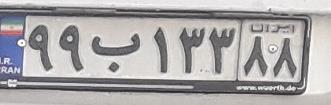
۹۹ب۱۳۳۸۸